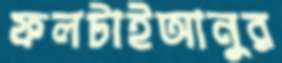
ফলটাইআনুর